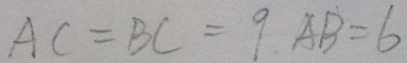
A C = B C = 9 A B = 6